Lunatic asylums in Bengal annual reports 1888-1898 - 1888-1898
Year: 1888
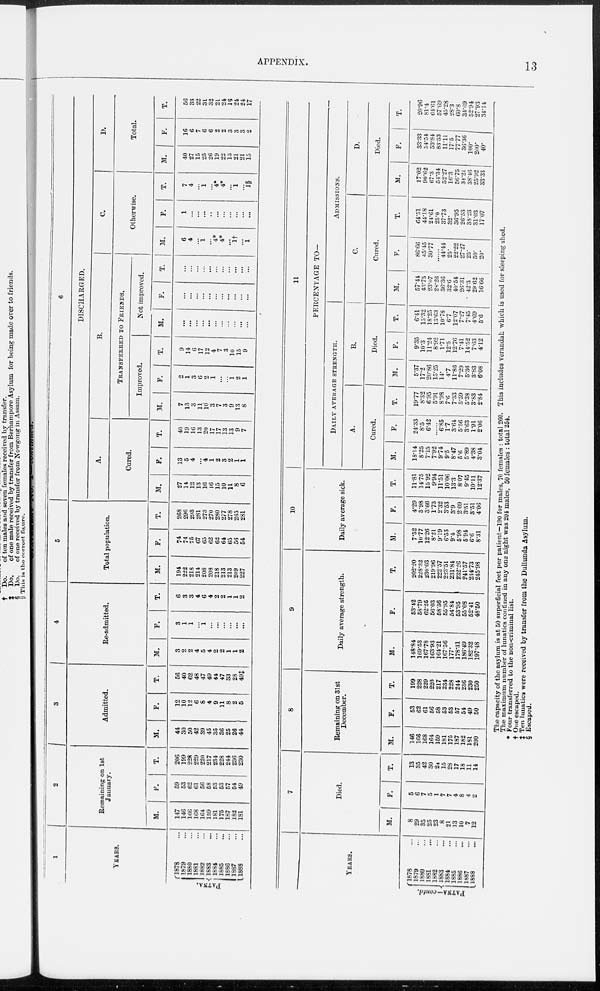
APPENDIX.
13
1
YEARS.
PATNA.
1878 ...
1879 ...
1880 ...
1881 ...
1882 ...
1883 ...
1884 ...
1885 ...
1886 ...
1887 ...
1888 ...
2
Remaining on 1st
January.
M.
147
146
166
168
164
159
181
175
187
182
181
F.
59
53
62
61
56
58
53
53
57
54
49
T.
206
199
228
229
220
217
234
228
244
236
230
3
Admitted.
M.
44
30
50
42
39
45
35
36
25
26
44
F.
12
10
12
6
8
4
9
11
8
2
5
T.
56
40
62
48
47
49
44
47
33
28
49‡
4
Re-admitted.
M.
3
2
2
4
5
4
2
2
1
1
2
F.
3
1
1
...
1
...
...
...
...
...
...
T.
6
3
3
4
6
4
2
2
1
1
2
5
Total population.
M.
194
222
218
214
208
208
218
213
213
209
227
F.
74
74
75
67
65
62
62
64
65
56
54
T.
268
296
293
281
273
270
280
277
278
265
281
6
DISCHARGED.
A.
Cured.
M.
27
14
12
13
16
16
15
10
11
8
6
F.
13
5
4
...
4
1
2
3
2
1
1
T.
40
19
16
13
20
17
17
13
13
9
7
B.
TRANSFERRED TO FRIENDS.
Improved.
M.
7
13
3
11
10
3
7
3
9
13
8
F.
2
1
3
6
2
1
...
...
1
2
1
T.
9
14
6
17
12
4
7
3
10
15
9
Not improved.
M.
...
...
...
...
...
...
...
...
...
...
...
F.
...
...
...
...
...
...
...
...
...
...
...
T.
...
...
...
...
...
...
...
...
...
...
...
C.
Otherwise.
M.
6
4
...
1
...
4*
4*
...
1†
...
1
F.
1
...
...
...
...
...
...
...
...
...
...
T.
7
4
...
1
...
4*
4*
...
1
...
1§
D.
Total.
M.
40
27
15
25
26
19
22
13
21
21
15
F.
16
6
7
6
6
2
2
3
3
3
2
T.
56
33
22
31
32
21
24
16
24
24
17
YEARS.
PATNA-contd.
1878 ...
1879 ...
1880 ...
1881 ...
1882 ...
1883 ...
1884 ...
1885 ...
1886 ...
1887 ...
1888 ...
7
Died.
M.
8
29
35
25
23
8
21
13
10
7
12
F.
5
6
7
5
1
7
7
4
8
4
2
T.
13
35
42
30
24
15
28
17
18
11
14
8
Remaining on 31st
December.
M.
146
166
168
164
159
181
175
187
182
181
200
F.
53
62
61
56
58
53
53
57
54
49
50
T.
199
228
229
220
217
234
228
244
236
230
250
9
Daily average strength.
M.
148.84
169.53
167.78
163.93
164.24
167.56
177.
178.31
186.49
182.32
197.48
F.
53.42
58.79
62.26
56.03
58.36
55.95
54.84
53.95
55.08
52.41
48.60
T.
202.20
228.32
230.03
219.96
222.57
223.51
231.84
232.26
241.57
234.73
245.98
10
Daily average sick.
51.
7.52
10.77
12.26
8.21
9.19
6.53
94
5.98
5.94
6.6
8.31
F.
4.29
3.98
3.66
1.73
2.32
3.53
3.9
2.09
3.51
3.51
4.06
T.
11.81
14.75
15.92
9.94
11.51
10.06
133
8.07
9.45
10.11
12.37
11
PERCENTAGE TO—
DAILY AVERAGE STRENGTH.
A.
Cured.
M.
18.14
8.25
7.15
7.92
9.74
9.5
8.47
5.6
5.89
4.38
3.04
F.
24.33
8.5
6.42
...
6.85
1.7
3.64
5.56
3.63
1.91
2.06
T.
19.77
8.32
6.95
5.91
8.98
7.6
7.33
5.59
5.38
3.83
2.84
B.
Died.
M.
5.37
17.2
20.86
15.25
14.
4.7
11.86
7.29
5.36
3.83
6.08
F.
9.35
10.3
11.24
8.92
1.71
12.5
12.76
7.41
14.52
7.63
4.12
T.
6.41
15.32
18.25
13.63
10.78
6.7
12.07
7.27
7.45
4.69
5.6
ADMISSIONS.
C.
Cured.
M.
57.44
43.75
23.07
28.26
36.36
32.6
40.54
26.31
42.3
29.62
16.66
F.
86.66
45.15
30.77
44.44
25.
22.22
27.27
25.
50.
20.
T.
64.51
44.18
24.61
25.0
37.73
32.
36.95
26.53
38.23
31.03
17.07
D.
Died.
M.
17.02
90.62
67.3
54.34
52.27
16.3
56.75
34.21
38.46
25.92
33.33
F.
33.33
54.54
53.84
83.33
11.11
17.5
77.77
36.36
100.
200.
40.
T.
20.96
81.4
64.61
57.69
45.28
28.3
60.8
34.69
52.94
27.93
34.14
The capacity of the asylum is at 50 superficial feet per patient—190 for males, 70 females : total 260. This includes verandah which is used for sleeping shed.
The maximum number of lunatics confined in any one night was 204 males, 50 females : total 254.
* Four transferred to the non-criminal list.
† One escaped.
‡ Ten lunatics were received by transfer from the Dullunda Asylum.
§ Escaped.